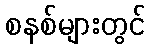
စနစ်များတွင်